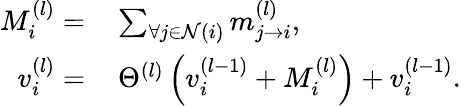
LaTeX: \begin{array}{rl}{M_{i}^{(l)}=}&{{}\sum_{\forall j\in\mathcal{N}(i)}m_{j\rightarrow{i}}^{(l)},}\\ {v_{i}^{(l)}=}&{{}\, \Theta^{(l)}\left(v_{i}^{(l-1)}+M_{i}^{(l)}\right)+v_{i}^{(l-1)}.}\end{array}